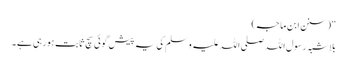
“ (سنن ابن ماجہ)
بلا شبہ رسول اللہ صلی اللہ علیہ وسلم کی یہ پیش گوئی سچ ثابت ہورہی ہے ۔